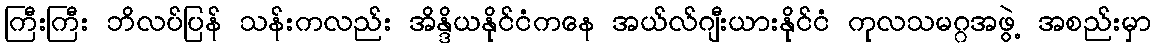
ကြီးကြီး ဘိလပ်ပြန် သန်းကလည်း အိန္ဒိယနိုင်ငံကနေ အယ်လ်ဂျီးယားနိုင်ငံ ကုလသမဂ္ဂအဖွဲ့ အစည်းမှာ